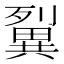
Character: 𤳓